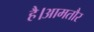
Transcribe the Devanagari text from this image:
है।आमतौर